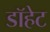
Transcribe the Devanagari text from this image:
डॉहेट